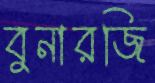
বুনারজি